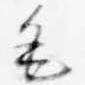
毛